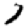
Digit: 1